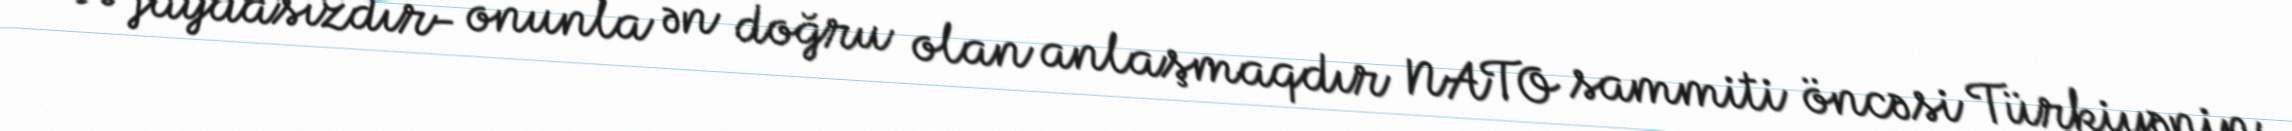
və faydasızdır- onunla ən doğru olan anlaşmaqdır NATO sammiti öncəsi Türkiyənin